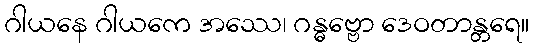
ဂါယနေ ဂါယကေ အဿေ၊ ဂန္ဓဗ္ဗော ဒေဝတာန္တရေ။